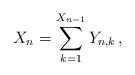
LaTeX: \begin{align*}X_n = \sum_{k=1}^{X_{n-1}} Y_{n, k} \, ,\end{align*}